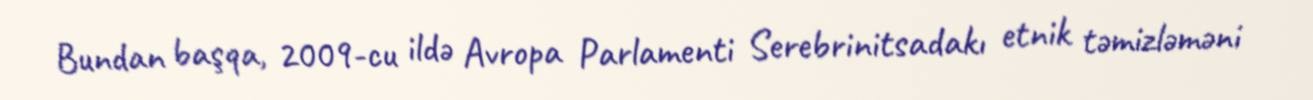
Bundan başqa, 2009-cu ildə Avropa Parlamenti Serebrinitsadakı etnik təmizləməni